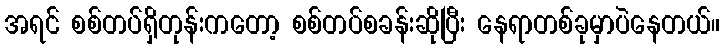
အရင် စစ်တပ်ရှိတုန်းကတော့ စစ်တပ်စခန်းဆိုပြီး နေရာတစ်ခုမှာပဲနေတယ်။